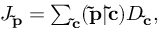
\begin{array} { r } { J _ { \mathbf { \tilde { p } } } = \sum _ { \mathbf { \tilde { c } } } ( \mathbf { \tilde { p } } | \mathbf { \tilde { c } } ) D _ { \mathbf { \tilde { c } } } , } \end{array}